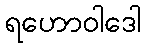
ရဟောဝါဒေါ